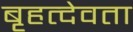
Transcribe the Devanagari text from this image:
बृहत्देवता